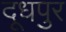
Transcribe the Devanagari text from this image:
दूधपुर